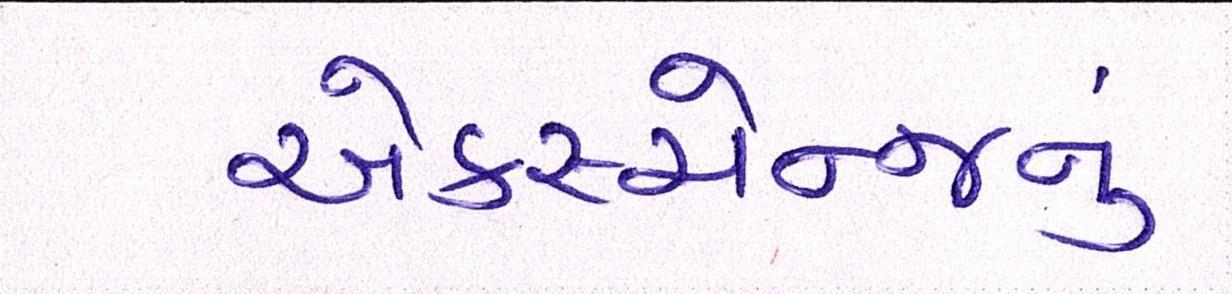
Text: એક્સ્ચેન્જનું